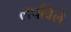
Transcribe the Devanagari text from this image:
लपविले